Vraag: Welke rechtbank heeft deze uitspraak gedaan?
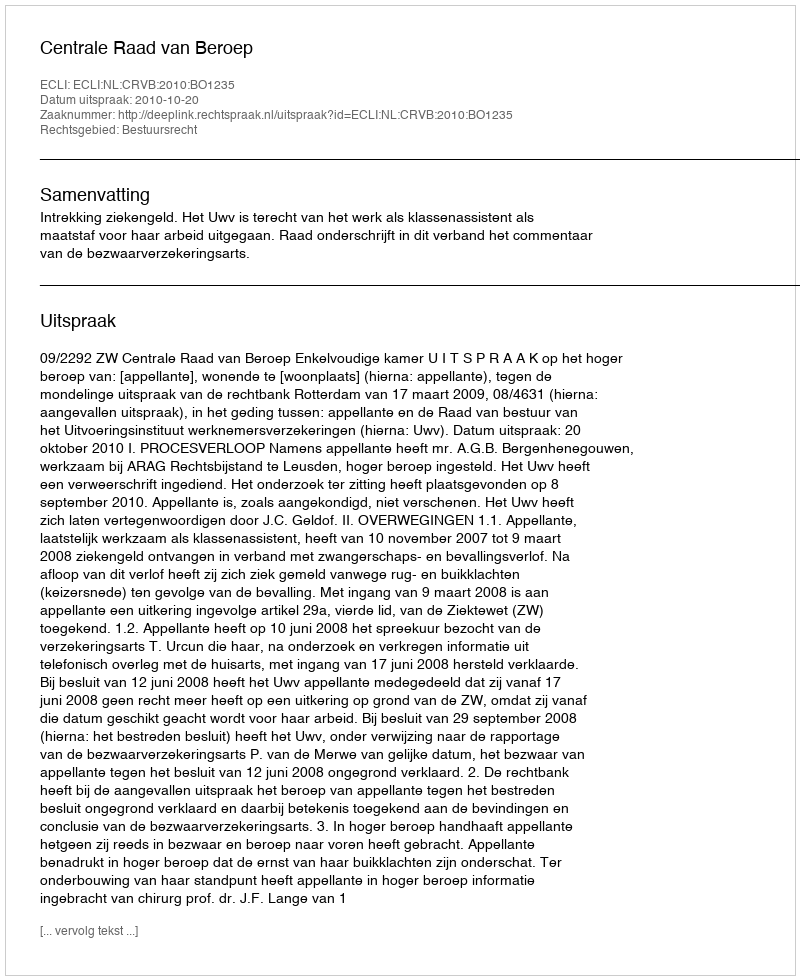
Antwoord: Centrale Raad van Beroep